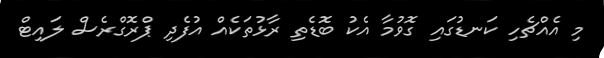
މި އެއްޗެހި ކަނޑުގައި ގޮވުމާ އެކު ބޮޑެތި ރާޅުތަކެއް އުފެދި ޕްރޮގްރެސް ލައިޓް